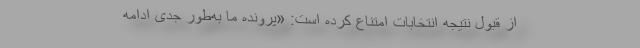
از قبول نتیجه انتخابات امتناع کرده است: «پرونده ما به‌طور جدی ادامه